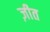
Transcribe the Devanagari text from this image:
ज़ीत